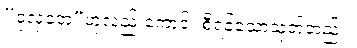
“ဝုလှတေ”ဟုလည်းကောင်း စီရင်သောသုတ်တည်း။